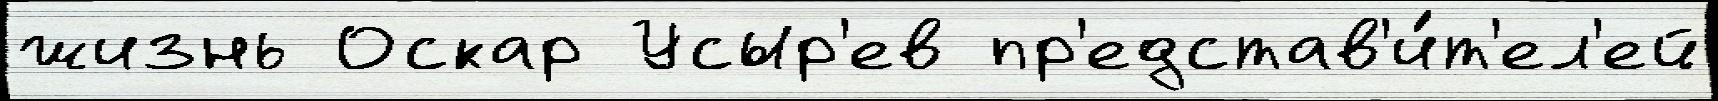
жизнь Оскар Усыр'ев пр'едстав'и́т'ел'ей